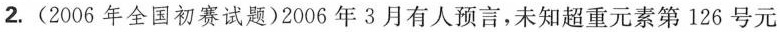
2.(2006年全国初赛试题)2006年3月有人预言，未知超重元素第126号元